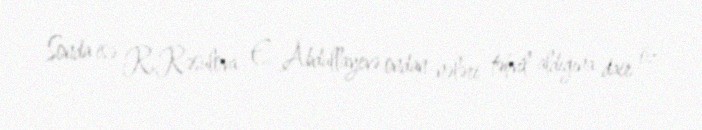
Sonda isə R.Rəsulova E. Abdullayevə ondan nələri təhvil aldığına dair öz